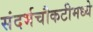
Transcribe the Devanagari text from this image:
संदर्भचौकटीमध्ये